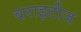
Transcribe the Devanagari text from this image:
बराइटीज